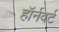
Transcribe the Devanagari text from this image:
हॉर्नवर्ट